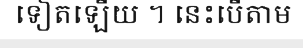
ទៀតឡើយ ។ នេះបើតាម